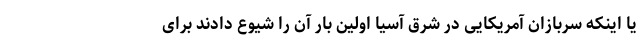
یا اینکه سربازان آمریکایی در شرق آسیا اولین بار آن را شیوع دادند برای